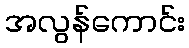
အလွန်ကောင်း